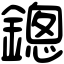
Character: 鏓